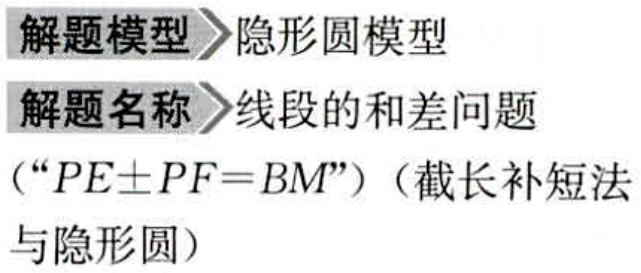
解题模型>隐形圆模型

解题名称>线段的和差问题

（“\(PE\pm PF = BM\)”）（截长补短法

与隐形圆）